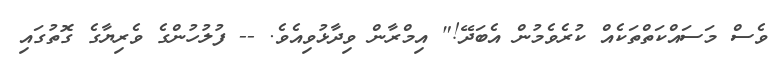
ވެސް މަސައްކަތްތަކެއް ކުރެވެމުން އެބަދޭ!" އިމްރާން ވިދާޅުވިއެވެ. -- ފުލުހުންގެ ވެރިޔާގެ ގޮތުގައި